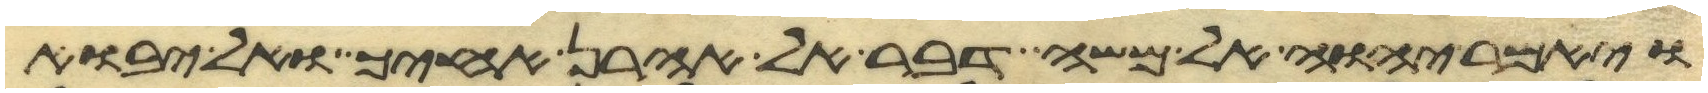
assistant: ויאמר יהוה אל משה דבר אל אהרן אחיך ואל יבוא